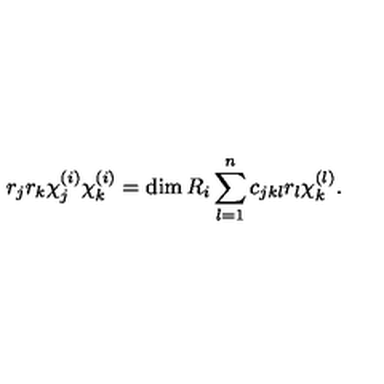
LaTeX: r _ { j } r _ { k } \chi _ { j } ^ { ( i ) } \chi _ { k } ^ { ( i ) } = \dim R _ { i } \sum _ { l = 1 } ^ { n } c _ { j k l } r _ { l } \chi _ { k } ^ { ( l ) } .